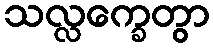
သလ္လက္ခေတွာ